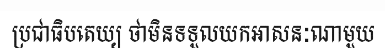
ប្រជាធិបតេយ្យ ថាមិនទទួលយកអាសនៈណាមួយ